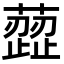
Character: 䔼